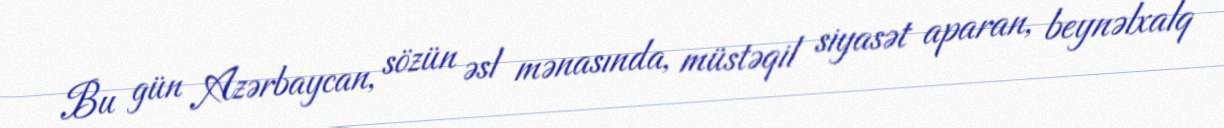
Bu gün Azərbaycan, sözün əsl mənasında, müstəqil siyasət aparan, beynəlxalq